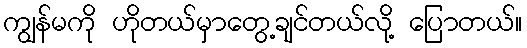
ကျွန်မကို ဟိုတယ်မှာတွေ့ချင်တယ်လို့ ပြောတယ်။